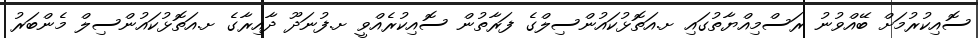
ސޮއިކުރުމަށް ބޭއްވުނު ރަސްމިއްޔާތުގައި ށ.އަތޮޅުކައުންސިލްގެ ފަރާތުން ސޮއިކުރެއްވީ ށ.ފުނަދޫ ދާއިރާގެ ށ.އަތޮޅުކައުންސިލް މެންބަރު